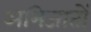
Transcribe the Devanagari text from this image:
अभिजातों